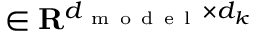
\in \mathbf { R } ^ { d _ { \mathrm { ~ m ~ o ~ d ~ e ~ l ~ } } \times d _ { k } }